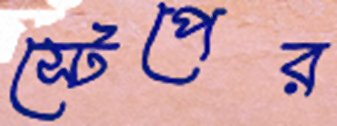
স্টেপের